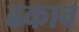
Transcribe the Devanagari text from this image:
ढकाव